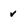
Character: v